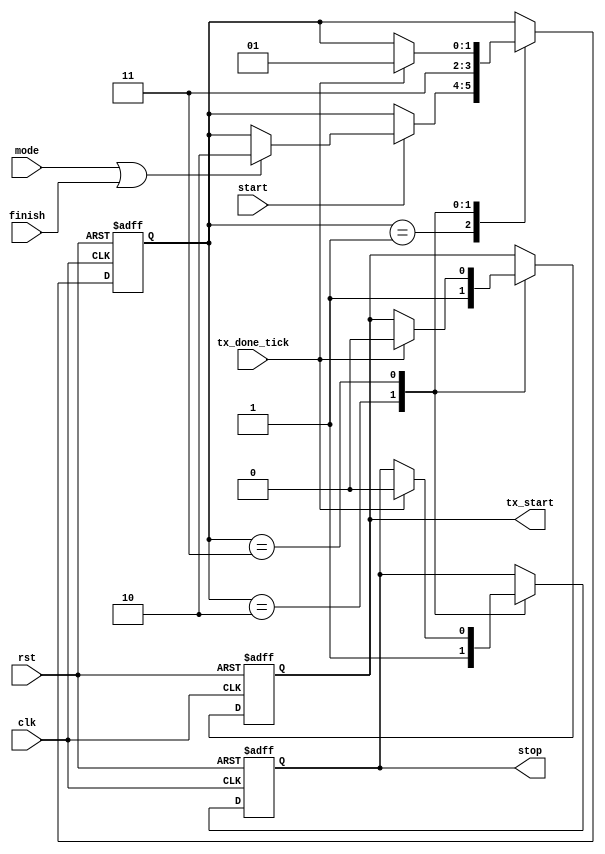
`timescale 1ns / 1ps
//////////////////////////////////////////////////////////////////////////////////
// Company: 
// Engineer: 
// 
// Design Name: 
// Module Name: tx_interface
// Project Name: 
// Target Devices: 
// Tool Versions: 
// Description: 
// 
// Dependencies: 
// 
// Revision:
// Revision 0.01 - File Created
// Additional Comments:
// 
//////////////////////////////////////////////////////////////////////////////////


module tx_interface(
        input clk,
        input rst,
        input start, 
        input finish,
        input tx_done_tick,
        input mode,
        output reg stop,
        output reg tx_start      
    );
	
    // symbolic state declaration
    localparam [1:0]
        idle = 2'b01,
        stop_pipe = 2'b10,
        send = 2'b11;
        
    
    // signal declaration
    reg [1:0] state_reg;
    
    // body
    // FSMD next-state logic
    always @(posedge clk , posedge rst)
    begin
        if (rst) 
            begin
                state_reg <= idle;
                stop <= 1'b0;
                tx_start <= 1'b0;
            end
        else
            begin
                case (state_reg) // mode = 1 STEP BY STEP finish = 1 HALT INSTRUCTION
                    idle:
                        if (start)
                            if (mode || finish) state_reg <= stop_pipe;
                    stop_pipe:
                    begin
                        stop <= 1'b1;
                        state_reg <= send;
                        tx_start <= 1'b1;
                    end
                    send:
                        if (tx_done_tick)
                        begin
                            state_reg <= idle;
                            stop <= 1'b0;
                            tx_start <= 1'b0;
                        end
                endcase //end case (state_reg)
            end //end else
    end //end always

endmodule